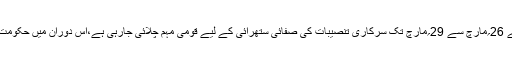
متحدہ عرب امارات میں کرونا وائرس کو پھیلنے سے روکنے کے لیے 26؍مارچ سے 29؍مارچ تک سرکاری تنصیبات کی صفائی ستھرائی کے لیے قومی مہم چلائی جارہی ہے،اس دوران میں حکومت نے پبلک ٹرانسپورٹ بند اور عوام کی نقل وحرکت محدود کردی ہے۔